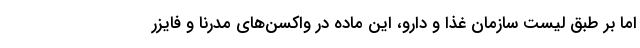
اما بر طبق لیست سازمان غذا و دارو، این ماده در واکسن‌های مدرنا و فایزر